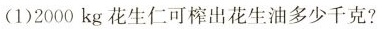
(1)2000kg花生仁可榨出花生油多少千克?